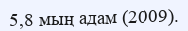
5,8 мың адам (2009).